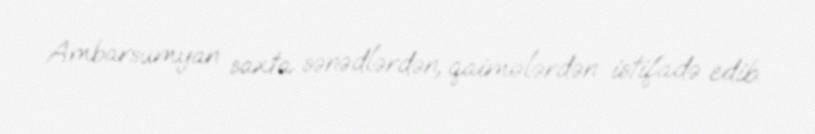
Ambarsumyan saxta sənədlərdən, qaimələrdən istifadə edib.